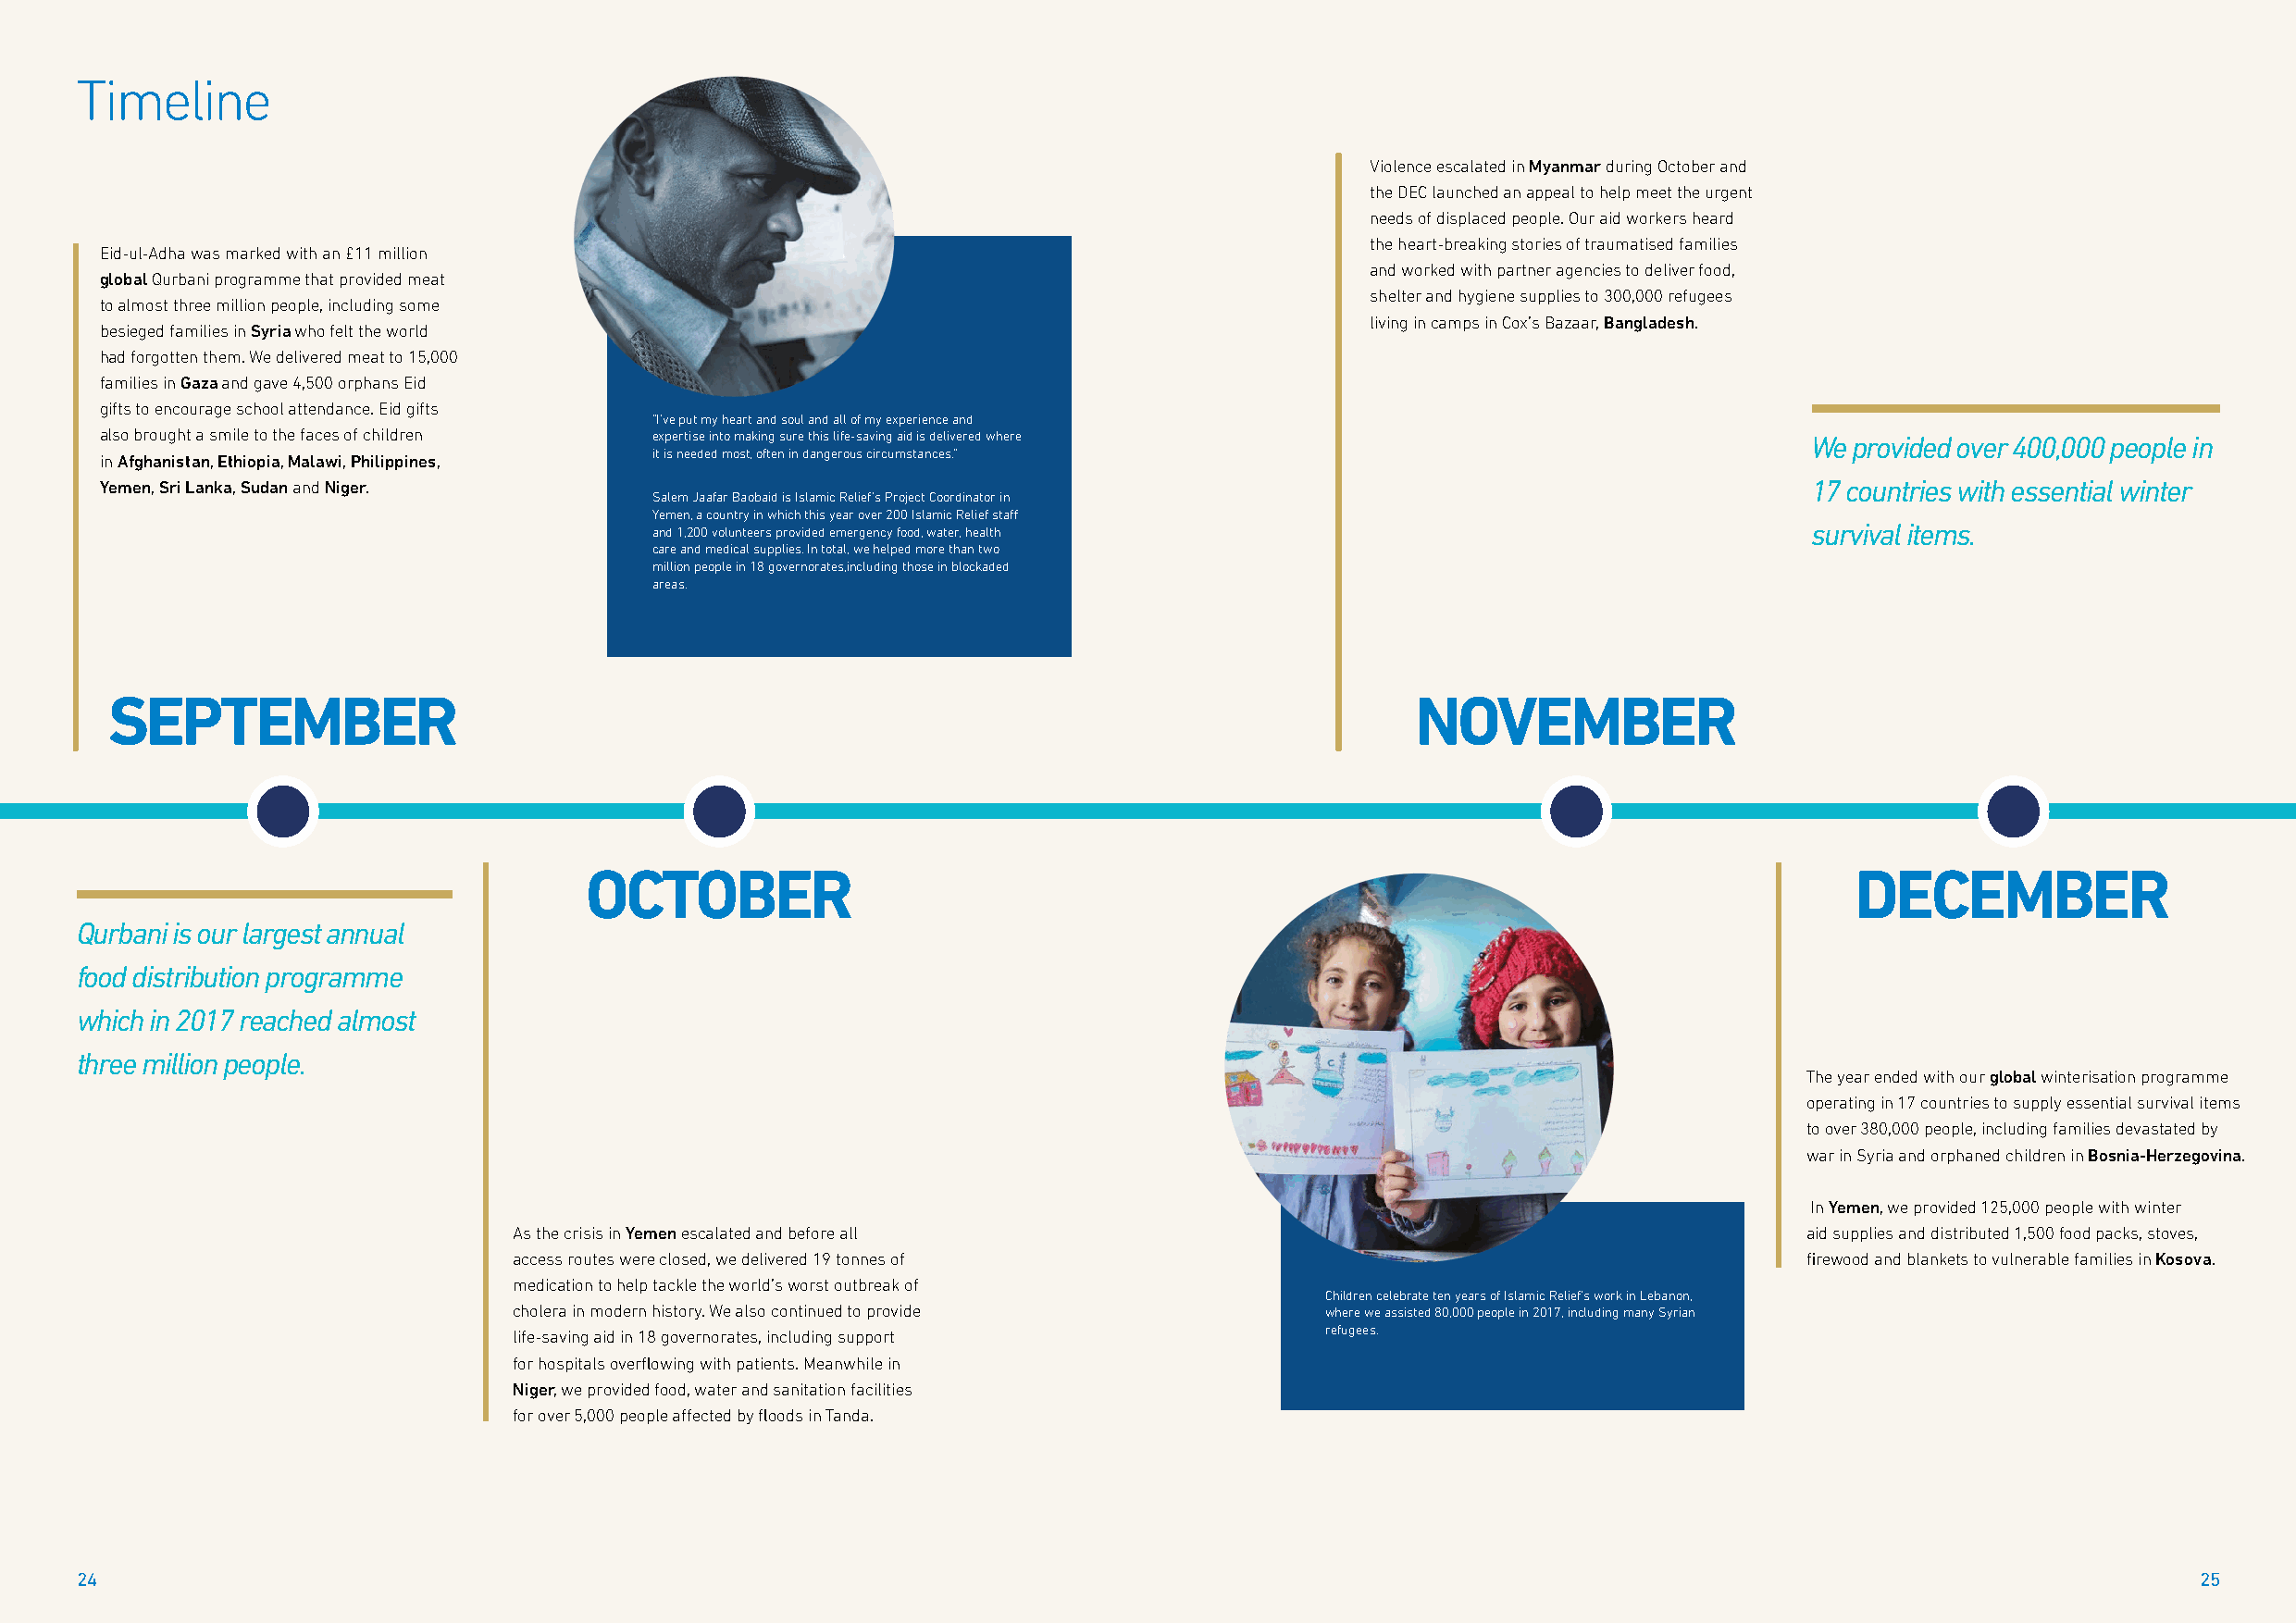
Timeline
 Violence escalated in Myanmar during October and
 the DEC launched an appeal to help meet the urgent
 needs of displaced people. Our aid workers heard
 the heart-breaking stories of traumatised families
 Eid-ul-Adha was marked with an £11 million
 and worked with partner agencies to deliver food,
 global Qurbani programme that provided meat
 shelter and hygiene supplies to 300,000 refugees
 to almost three million people, including some
 living in camps in Cox’s Bazaar, Bangladesh.
 besieged families in Syria who felt the world
 had forgotten them. We delivered meat to 15,000
 families in Gaza and gave 4,500 orphans Eid
 gifts to encourage school attendance. Eid gifts
 “I’ve put my heart and soul and all of my experience and
 also brought a smile to the faces of children expertise into making sure this life-saving aid is delivered where           We provided over 400,000 people in
 in Afghanistan, Ethiopia, Malawi, Philippines, it is needed most, often in dangerous circumstances.”
 Yemen, Sri Lanka, Sudan and Niger.                                                                                         17 countries with essential winter
 Salem Jaafar Baobaid is Islamic Relief’s Project Coordinator in
 Yemen, a country in which this year over 200 Islamic Relief staff
 and 1,200 volunteers provided emergency food, water, health                        survival items.
 care and medical supplies. In total, we helped more than two
 million people in 18 governorates,including those in blockaded
 areas.
 SEPTEMBER                                                                                    NOVEMBER
 OCTOBER                                                                                    DECEMBER
 Qurbani is our largest annual
 food distribution programme
 which in 2017 reached almost
 three million people.
 The year ended with our global winterisation programme
 operating in 17 countries to supply essential survival items
 to over 380,000 people, including families devastated by
 war in Syria and orphaned children in Bosnia-Herzegovina.
 In Yemen, we provided 125,000 people with winter
 As the crisis in Yemen escalated and before all                                             aid supplies and distributed 1,500 food packs, stoves,
 access routes were closed, we delivered 19 tonnes of                                        firewood and blankets to vulnerable families in Kosova.
 medication to help tackle the world’s worst outbreak of
 Children celebrate ten years of Islamic Relief’s work in Lebanon,
 cholera in modern history. We also continued to provide   where we assisted 80,000 people in 2017, including many Syrian
 life-saving aid in 18 governorates, including support     refugees.
 for hospitals overflowing with patients. Meanwhile in
 Niger, we provided food, water and sanitation facilities
 for over 5,000 people affected by floods in Tanda.
 24                                                                                                                                                      25